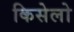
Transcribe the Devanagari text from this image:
किसेलो